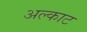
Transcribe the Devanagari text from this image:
अल्काट